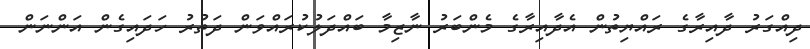
ދިއްގަރު ދާއިރާގެ ރައްޔިތުން އެދާއިރާގެ މެންބަރު ނާޒިމާ ބައްދަލުކުރައްވަން ދަތުރު ހަދައިގެން އަންނަން